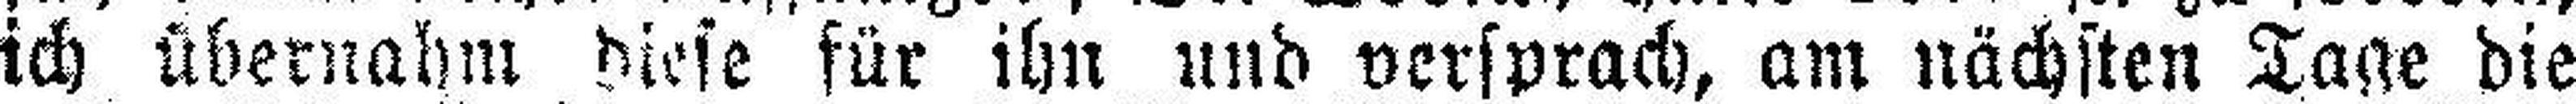
ich übernahm diese für ihn und versprach, am nächsten Tage die